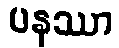
ပနဿာ